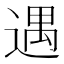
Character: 遇